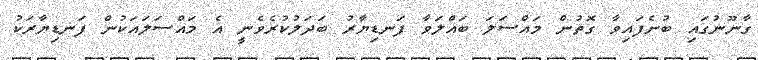
ގާނޫނުގައި ބުނެފައިވާ ގޮތުން މައްސަލަ ބައްލަވާ ފަނޑިޔާރު ބަދަލުކުރެވެނީ އެ މައްސަލައަކުން ފަނޑިޔާރަކު